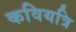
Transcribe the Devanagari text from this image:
कवियत्रि